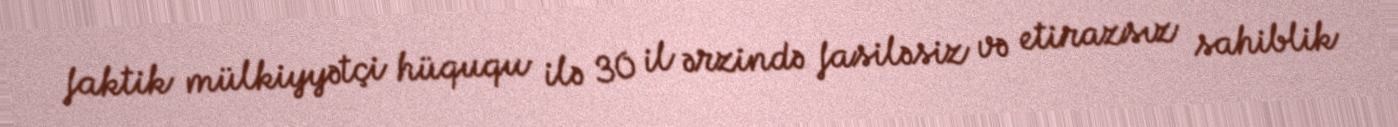
faktik mülkiyyətçi hüququ ilə 30 il ərzində fasiləsiz və etirazsız sahiblik